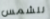
للشمس